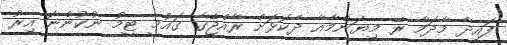
ފައިދާ މާދަމާ ރޭ މިޔަންމާއާ ދެކޮޅަށް ރާއްޖޭގެ ގައުމީ ޓީމު ނުކުންނަ އިރު